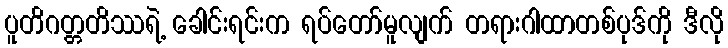
ပူတိဂတ္တတိဿရဲ့ ခေါင်းရင်းက ရပ်တော်မူလျက် တရားဂါထာတစ်ပုဒ်ကို ဒီလို